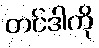
တင်ဒါကို